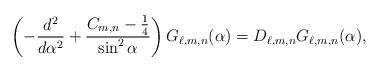
LaTeX: \begin{align*}\left( -\frac{d^{2}}{d\alpha ^{2}}+\frac{C_{m,n}-\frac{1}{4}}{\sin ^{2}\alpha }\right) G_{\ell,m,n} (\alpha )=D_{\ell,m,n} G_{\ell,m,n} (\alpha ), \end{align*}